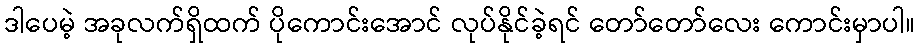
ဒါပေမဲ့ အခုလက်ရှိထက် ပိုကောင်းအောင် လုပ်နိုင်ခဲ့ရင် တော်တော်လေး ကောင်းမှာပါ။